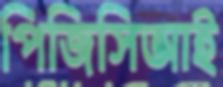
পিজিসিআই